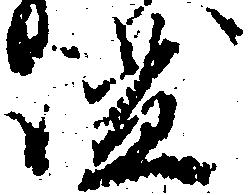
謐